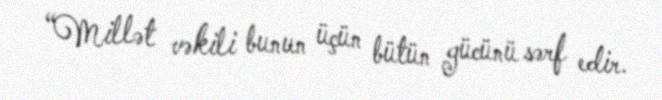
“Millət vəkili bunun üçün bütün gücünü sərf edir.